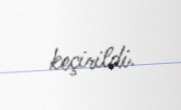
keçirildi.